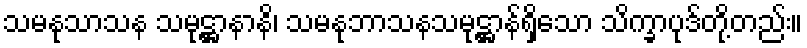
သမနုသာသန သမုဋ္ဌာနာနိ၊ သမနုဘာသနသမုဋ္ဌာန်ရှိသော သိက္ခာပုဒ်တို့တည်း။